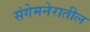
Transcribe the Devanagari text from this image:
संगेमनेरातील